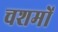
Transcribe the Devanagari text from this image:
चशमों